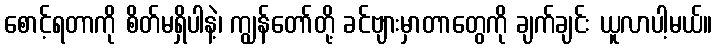
စောင့်ရတာကို စိတ်မရှိပါနဲ့၊ ကျွန်တော်တို့ ခင်ဗျားမှာတာတွေကို ချက်ချင်း ယူလာပါ့မယ်။